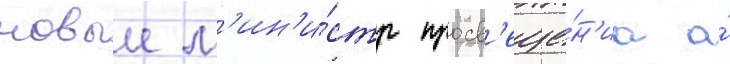
новыи м'ин'и́стр просв'еще́н'иа а́